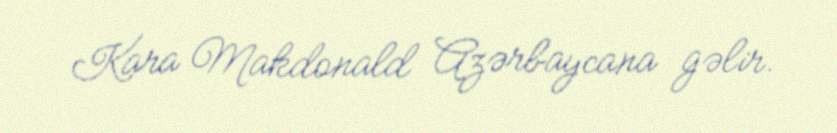
Kara Makdonald Azərbaycana gəlir.